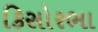
કિસોરભા